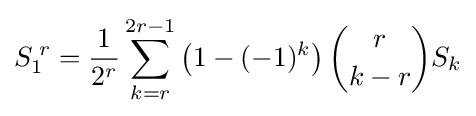
S_{1}^{\;r}={\frac {1}{2^{r}}}\sum _{k=r}^{2r-1}{\left(1-(-1)^{k}\right){\binom {r}{k-r}}S_{k}}